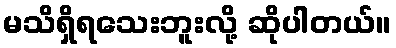
မသိရှိရသေးဘူးလို့ ဆိုပါတယ်။